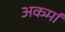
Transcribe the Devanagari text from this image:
अकर्मा